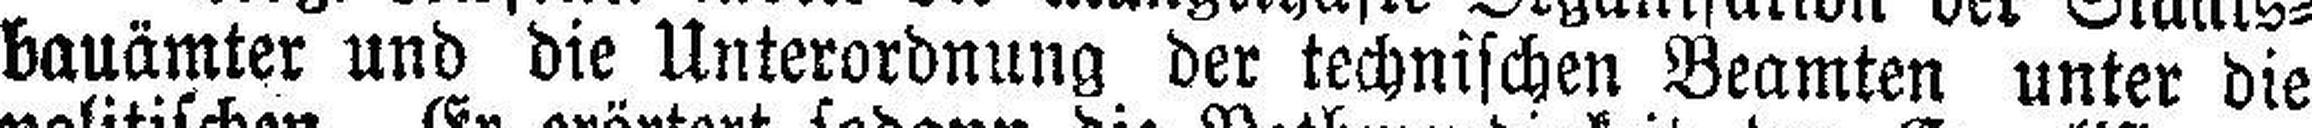
bauämter und die Unterordnung der technischen Beamten unter die